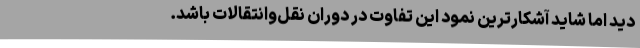
دید اما شاید آشکارترین نمود این تفاوت در دوران نقل‌وانتقالات باشد.